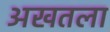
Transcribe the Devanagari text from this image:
अखतला